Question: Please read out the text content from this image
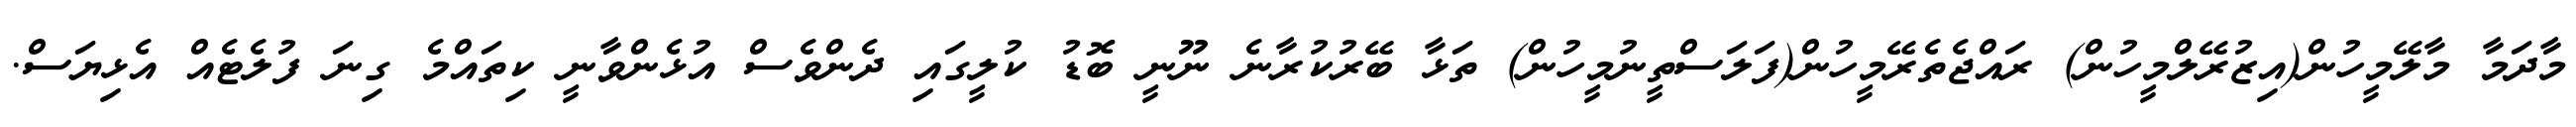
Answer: މާދަމާ މާލޭމީހުން(އިޒުރޭލްމީހުން) ރައްޖެތެރޭމީހުން(ފަލަސްތީނުމީހުން) ތަޅާ ބޭރުކުރާނެ ނޫނީ ބޮޑު ކުލީގައި ދެންވެސް އުޅެންވާނީ ކިތައްމެ ގިނަ ފުލެޓެއް އެޅިޔަސް.